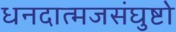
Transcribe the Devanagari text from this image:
धनदात्मजसंघुष्टो